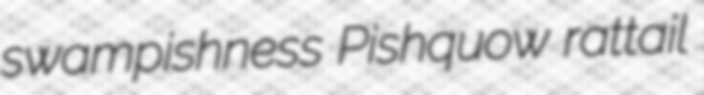
swampishness Pishquow rattail